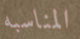
المناسبه